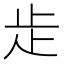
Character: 歨